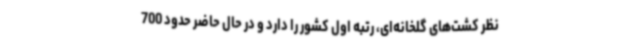
نظر کشت‌های گلخانه‌ای، رتبه اول کشور را دارد و در حال حاضر حدود 700